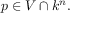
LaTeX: p \in V \cap k ^ { n } .